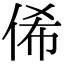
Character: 俙